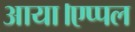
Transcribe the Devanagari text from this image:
आया।एप्पल